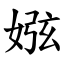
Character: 娹